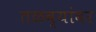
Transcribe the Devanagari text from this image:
तळव्यांवर